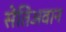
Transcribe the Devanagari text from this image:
सेतिअवान